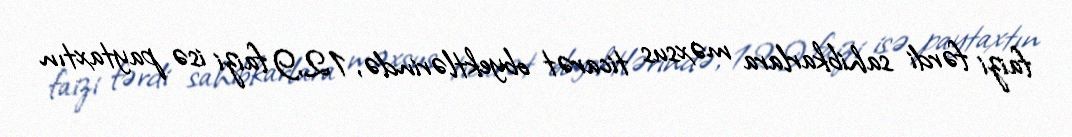
faizi fərdi sahibkarlara məxsus ticarət obyektlərində, 12,9 faizi isə paytaxtın